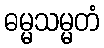
ဓမ္မသမ္မတံ